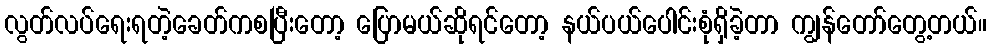
လွတ်လပ်ရေးရတဲ့ခေတ်ကစပြီးတော့ ပြောမယ်ဆိုရင်တော့ နယ်ပယ်ပေါင်းစုံရှိခဲ့တာ ကျွန်တော်တွေ့တယ်။